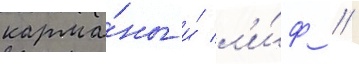
карма́ны и́ л'и́ф //